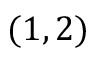
( 1 , 2 )